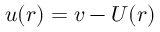
\boldsymbol { u } ( \boldsymbol { r } ) = \boldsymbol { v } - \boldsymbol { U } ( \boldsymbol { r } )